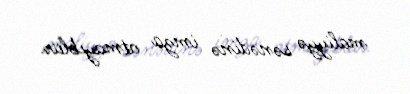
maliyyə sənədinə imza atmayıblar.